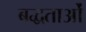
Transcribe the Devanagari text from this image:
बद्धताओं